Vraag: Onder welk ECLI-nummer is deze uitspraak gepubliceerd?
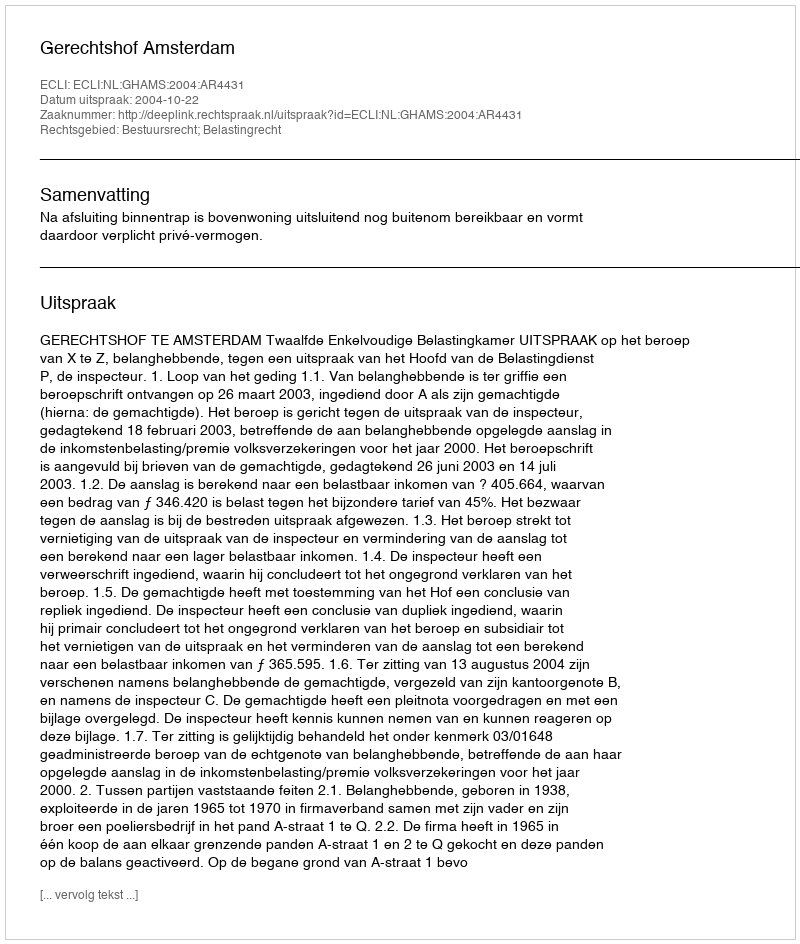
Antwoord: ECLI:NL:GHAMS:2004:AR4431